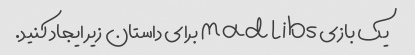
یک بازی Mad Libs برای داستان زیر ایجاد کنید.